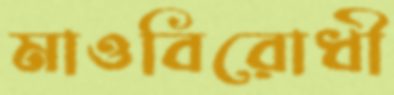
মাওবিরোধী